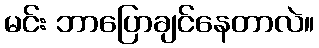
မင်း ဘာပြောချင်နေတာလဲ။